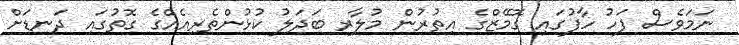
ނަމަވެސް ފަހު ހާފުގައި ގޮމޭޒްގެ އިތުރުން މުލާރ ބަދަލު ކުޅުންތެރިއެއްގެ ގޮތުގައި ދަނޑަށް